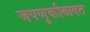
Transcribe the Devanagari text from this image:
जपणुकीबाबत